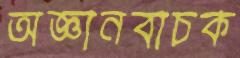
অজ্ঞানবাচক